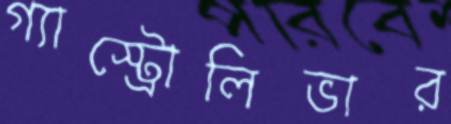
গ্যাস্ট্রোলিভার